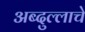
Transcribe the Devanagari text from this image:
अब्दुल्लाचे